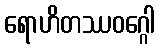
ရောဟိတဿဝဂ္ဂေါ